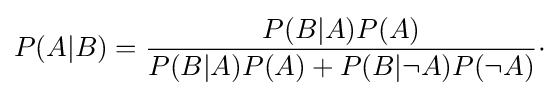
P(A|B)={\frac {P(B|A)P(A)}{P(B|A)P(A)+P(B|\neg A)P(\neg A)}}\cdot